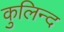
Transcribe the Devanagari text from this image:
कुलिन्द